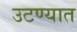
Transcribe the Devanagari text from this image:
उटण्यात